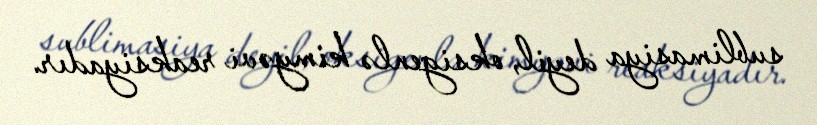
sublimasiya deyil, oksigenlə kimyəvi reaksiyadır.